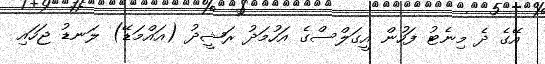
އޭގެ ދެ މިނެޓު ފަހުން އީގަލްސްގެ އަހުމަދު ރަޝީދު (އައްމަޑޭ) ލަނޑު ޖަހައި